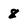
Character: 8